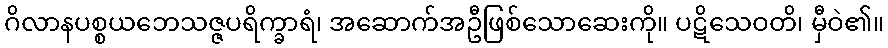
ဂိလာနပစ္စယဘေသဇ္ဇပရိက္ခာရံ၊ အဆောက်အဦဖြစ်သောဆေးကို။ ပဋိသေဝတိ၊ မှီဝဲ၏။